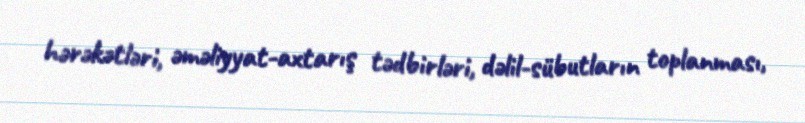
hərəkətləri, əməliyyat-axtarış tədbirləri, dəlil-sübutların toplanması,